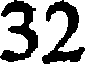
32